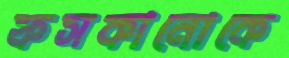
ফসকানোকে